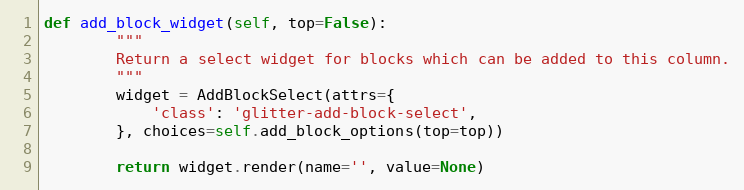
Language: Python
def add_block_widget(self, top=False):
        """
        Return a select widget for blocks which can be added to this column.
        """
        widget = AddBlockSelect(attrs={
            'class': 'glitter-add-block-select',
        }, choices=self.add_block_options(top=top))

        return widget.render(name='', value=None)